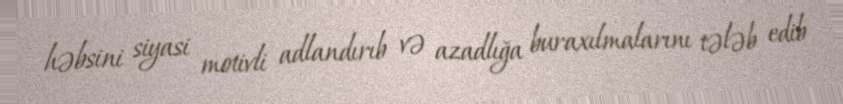
həbsini siyasi motivli adlandırıb və azadlığa buraxılmalarını tələb edib